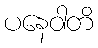
ပနေဝါတိ